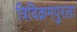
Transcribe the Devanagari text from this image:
त्रिविक्रमपुरला